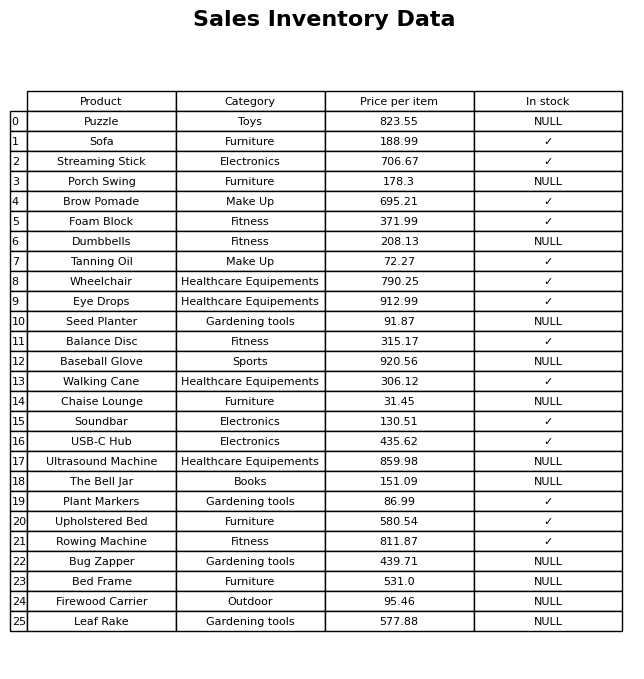
question: Is the Bed Frame in stock?
answer: NULL